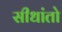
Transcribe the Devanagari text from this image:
सीधांतो